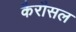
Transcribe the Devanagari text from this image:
कैरौसल